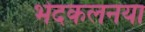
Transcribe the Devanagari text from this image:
भेदकलनया